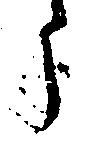
う